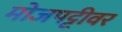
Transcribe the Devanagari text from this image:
मोजपट्टीवर